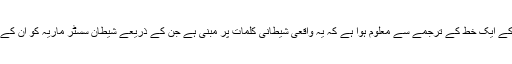
سائنسدان ڈینیئل ایبٹ نے بتایا کہ سسٹر ماریہ کے ایک خط کے ترجمے سے معلوم ہوا ہے کہ یہ واقعی شیطانی کلمات پر مبنی ہے جن کے ذریعے شیطان سسٹر ماریہ کو ان کے عقیدے سے گمراہ کرنے کی کوشش کرتا رہا۔